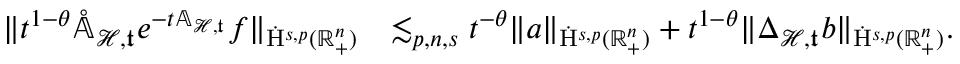
\begin{array} { r l } { \lVert t ^ { 1 - \theta } \mathring { \mathbb { A } } _ { \mathcal { H } , \mathfrak { t } } e ^ { - t { \mathbb { A } } _ { \mathcal { H } , \mathfrak { t } } } f \rVert _ { \dot { \mathrm { H } } ^ { s , p } ( \mathbb { R } _ { + } ^ { n } ) } } & { \lesssim _ { p , n , s } t ^ { - \theta } \lVert a \rVert _ { \dot { \mathrm { H } } ^ { s , p } ( \mathbb { R } _ { + } ^ { n } ) } + t ^ { 1 - \theta } \lVert { \Delta } _ { \mathcal { H } , \mathfrak { t } } b \rVert _ { \dot { \mathrm { H } } ^ { s , p } ( \mathbb { R } _ { + } ^ { n } ) } \mathrm { . ~ } } \end{array}